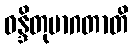
ဝန္ဒိတုမာဂတာတိ